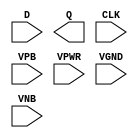
module sky130_fd_sc_hvl__dfxtp (
    //# {{data|Data Signals}}
    input  D   ,
    output Q   ,

    //# {{clocks|Clocking}}
    input  CLK ,

    //# {{power|Power}}
    input  VPB ,
    input  VPWR,
    input  VGND,
    input  VNB
);
endmodule